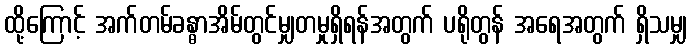
ထို့ကြောင့် အက်တမ်ခန္ဓာအိမ်တွင်မျှတမှုရှိရန်အတွက် ပရိုတွန် အရေအတွက် ရှိသမျှ